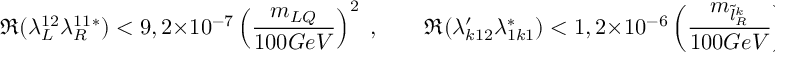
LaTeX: \Re ( \lambda _ { L } ^ { 1 2 } \lambda _ { R } ^ { 1 1 } { } ^ { * } ) < 9 , 2 \times 1 0 ^ { - 7 } \left( \frac { m _ { L Q } } { 1 0 0 G e V } \right) ^ { 2 } \; , \qquad \Re ( \lambda _ { k 1 2 } ^ { \prime } \lambda _ { 1 k 1 } ^ { * } ) < 1 , 2 \times 1 0 ^ { - 6 } \left( \frac { m _ { \tilde { l } _ { R } ^ { k } } } { 1 0 0 G e V } \right) ^ { 2 } \; ,